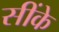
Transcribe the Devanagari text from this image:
सींके